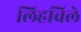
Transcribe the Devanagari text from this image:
लिहविले